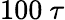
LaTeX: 100~\tau